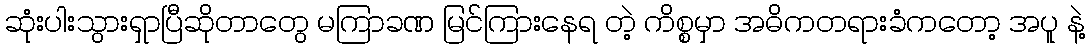
ဆုံးပါးသွားရှာပြီဆိုတာတွေ မကြာခဏ မြင်ကြားနေရ တဲ့ ကိစ္စမှာ အဓိကတရားခံကတော့ အပူ နဲ့